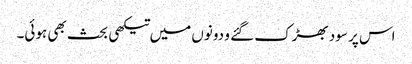
اس پر سود بھڑک گئے و دونوں میں تیکھی بحث بھی ہوئی۔